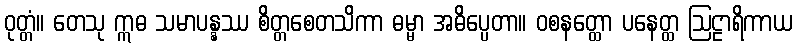
ဝုတ္တံ။ တေသု ဣဓ သမာပန္နဿ စိတ္တစေတသိကာ ဓမ္မာ အဓိပ္ပေတာ။ ဝစနတ္ထော ပနေတ္ထ ဩဠာရိကာယ